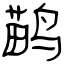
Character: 鹋